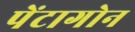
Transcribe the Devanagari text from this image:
पेंटागोन